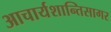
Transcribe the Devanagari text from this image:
आचार्यशान्तिसागर